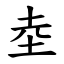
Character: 坴